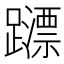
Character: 𨆺